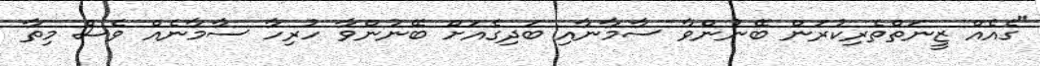
"ގެއެއް ޒީނަތްތެރިކުރަން ބޭނުންވާ ސާމާނާއި ބަދިގެއަށް ބޭނުންވާ ހުރިހާ ސާމާނެއް ވެސް މިތާ